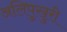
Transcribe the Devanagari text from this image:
अलिपुखुरी